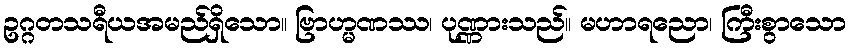
ဥဂ္ဂတသရီယအမည်ရှိသော။ ဗြာဟ္မဏဿ၊ ပုဏ္ဏားသည်။ မဟာရညော၊ ကြီးစွာသော